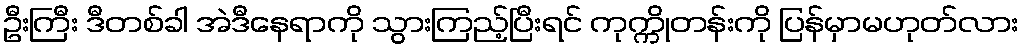
ဦးကြီး ဒီတစ်ခါ အဲဒီနေရာကို သွားကြည့်ပြီးရင် ကုက္ကိုတန်းကို ပြန်မှာမဟုတ်လား